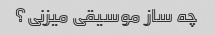
چه ساز موسیقی میزنی؟